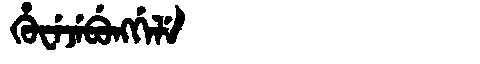
Manchu: ᡥᡠᠸᡝᠵᡝᠪᡠᠩᡤᡝᠯᡝ
Romanization: HUWEJEBUNGGELE